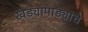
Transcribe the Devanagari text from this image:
खेड्यापाड्यांचे